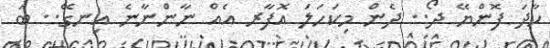
ހާދަ ފޮންޔޭ ދޯ.. ދެން މިކަހަލަ އޮފާރ އެއް ނާންނާނެ އިނގޭ.. ބަ